Report on enteric fever
Disease focus: Fever
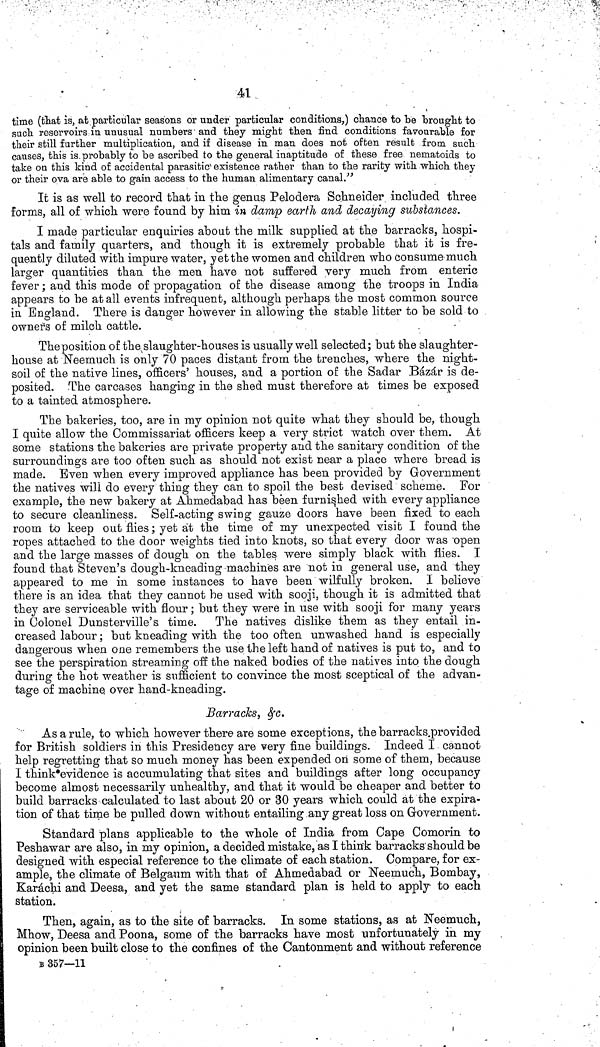
41
time (that is, at particular seasons or under particular conditions,) chance to be brought to
such reservoirs in unusual numbers and they might then find conditions favourable for
their still further multiplication, and if disease in man does not often result from such
causes, this is probably to be ascribed to the general inaptitude of these free nematoids to
take on this kind of accidental parasitic existence rather than to the rarity with which they
or their ova are able to gain access to the human alimentary canal."
It is as well to record that in the genus Pelodera Schneider included three
forms, all of which were found by him in damp earth and decaying substances.
I made particular enquiries about the milk supplied at the barracks, hospi-
tals and family quarters, and though it is extremely probable that it is fre-
quently diluted with impure water, yet the women and children who consume much
larger quantities than the men have not suffered very much from enteric
fever; and this mode of propagation of the disease among the troops in India
appears to be at all events infrequent, although perhaps the most common source
in England. There is danger however in allowing the stable litter to be sold to
owners of milch cattle.
The position of the slaughter-houses is usually well selected; but the slaughter-
house at Neemuch is only 70 paces distant from the trenches, where the night-
soil of the native lines, officers' houses, and a portion of the Sadar Bázár is de-
posited. The carcases hanging in the shed must therefore at times be exposed
to a tainted atmosphere.
The bakeries, too, are in my opinion not quite what they should be, though
I quite allow the Commissariat officers keep a very strict watch over them. At
some stations the bakeries are private property and the sanitary condition of the
surroundings are too often such as should not exist near a place where bread is
made. Even when every improved appliance has been provided by Government
the natives will do every thing they can to spoil the best devised scheme. For
example, the new bakery at Ahmedabad has been furnished with every appliance
to secure cleanliness. Self-acting swing gauze doors have been fixed to each
room to keep out flies; yet at the time of my unexpected visit I found the
ropes attached to the door weights tied into knots, so that every door was open
and the large masses of dough on the tables were simply black with flies. I
found that Steven's dough-kneading machines are not in general use, and they
appeared to me in some instances to have been wilfully broken. I believe
there is an idea that they cannot be used with sooji, though it is admitted that
they are serviceable with flour; but they were in use with sooji for many years
in Colonel Dunsterville's time. The natives dislike them as they entail in-
creased labour; but kneading with the too often unwashed hand is especially
dangerous when one remembers the use the left hand of natives is put to, and to
see the perspiration streaming off the naked bodies of the natives into the dough
during the hot weather is sufficient to convince the most sceptical of the advan-
tage of machine over hand-kneading.
Barracks, &c.
As a rule, to which however there are some exceptions, the barracks provided
for British soldiers in this Presidency are very fine buildings. Indeed I cannot
help regretting that so much money has been expended on some of them, because
I think evidence is accumulating that sites and buildings after long occupancy
become almost necessarily unhealthy, and that it would be cheaper and better to
build barracks calculated to last about 20 or 30 years which could at the expira-
tion of that time be pulled down without entailing any great loss on Government.
Standard plans applicable to the whole of India from Cape Comorin to
Peshawar are also, in my opinion, a decided mistake, as I think barracks should be
designed with especial reference to the climate of each station. Compare, for ex-
ample, the climate of Belgaum with that of Ahmedabad or Neemuch, Bombay,
Karáchi and Deesa, and yet the same standard plan is held to apply to each
station.
Then, again, as to the site of barracks. In some stations, as at Neemuch,
Mhow, Deesa and Poona, some of the barracks have most unfortunately in my
opinion been built close to the confines of the Cantonment and without reference
B 357—11